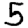
Digit: 5